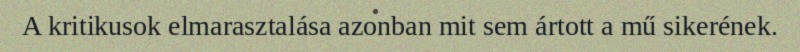
A kritikusok elmarasztalása azonban mit sem ártott a mű sikerének.